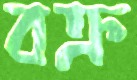
বক্র